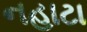
નહાટા